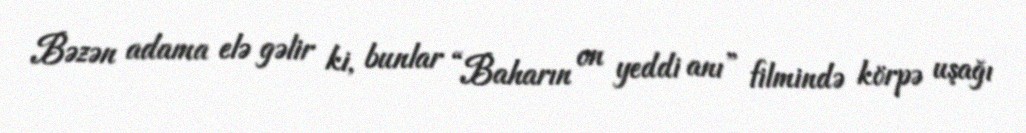
Bəzən adama elə gəlir ki, bunlar “Baharın on yeddi anı” filmində körpə uşağı